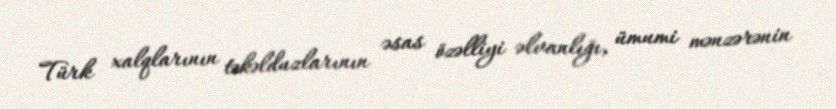
Türk xalqlarının təkəlduzlarının əsas özəlliyi əlvanlığı, ümumi mənzərənin